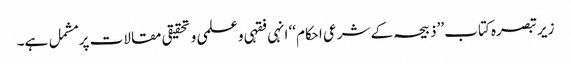
زیر تبصرہ کتاب ’’ذبیحہ کے شرعی احکام‘‘ انہی فقہی وعلمی و تحقیقی مقالات پر مشمل ہے۔